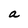
Character: a